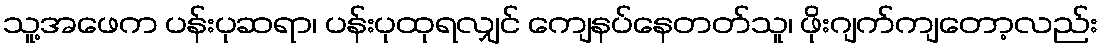
သူ့အဖေက ပန်းပုဆရာ၊ ပန်းပုထုရလျှင် ကျေနပ်နေတတ်သူ၊ ဖိုးဂျက်ကျတော့လည်း